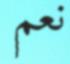
نعم